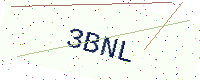
Text: 3BNL